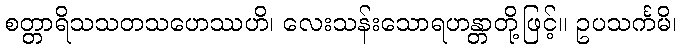
စတ္တာရိသသတသဟေဿဟိ၊ လေးသန်းသောရဟန္တာတို့ဖြင့်။ ဥပသင်္ကမိ၊